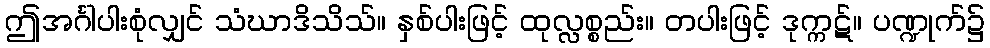
ဤအင်္ဂါပါးစုံလျှင် သံဃာဒိသိသ်။ နှစ်ပါးဖြင့် ထုလ္လစ္စည်း။ တပါးဖြင့် ဒုက္ကဋ်။ ပဏ္ဍုက်၌